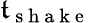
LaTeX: \mathfrak{t}_{\mathrm{{~s~h~a~k~e~}}}